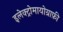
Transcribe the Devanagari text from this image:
इलेक्ट्रोमायोग्राफ़ी